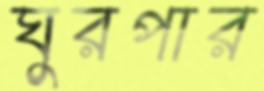
ঘুরপার